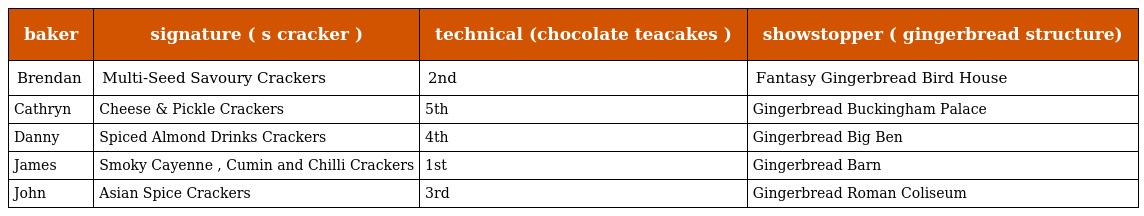
| baker | signature ( s cracker ) | technical (chocolate teacakes ) | showstopper ( gingerbread structure) |
 | --- | --- | --- | --- |
 | Brendan | Multi-Seed Savoury Crackers | 2nd | Fantasy Gingerbread Bird House |
 | Cathryn | Cheese & Pickle Crackers | 5th | Gingerbread Buckingham Palace |
 | Danny | Spiced Almond Drinks Crackers | 4th | Gingerbread Big Ben |
 | James | Smoky Cayenne , Cumin and Chilli Crackers | 1st | Gingerbread Barn |
 | John | Asian Spice Crackers | 3rd | Gingerbread Roman Coliseum |